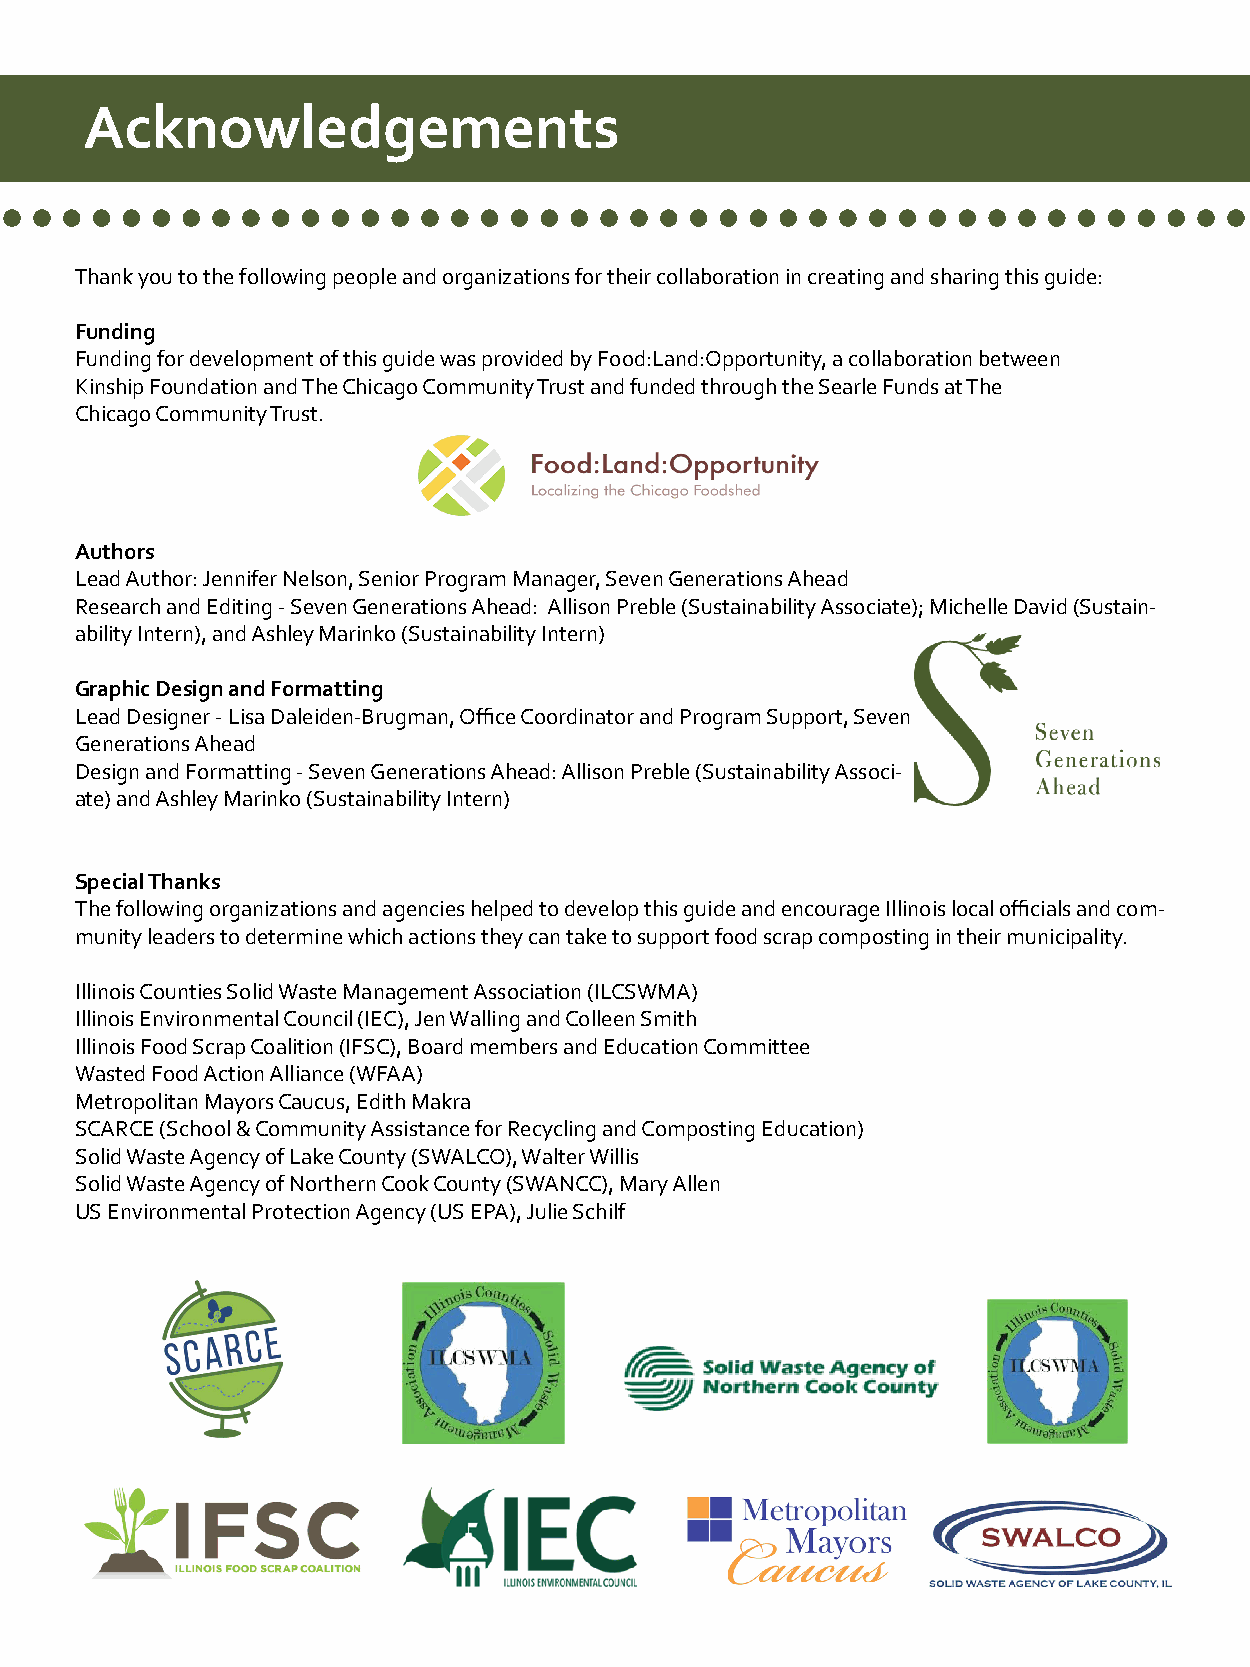
Acknowledgements
 ..........................................
 Thank you to the following people and organizations for their collaboration in creating and sharing this guide:
 Funding
 Funding for development of this guide was provided by Food:Land:Opportunity, a collaboration between
 Kinship Foundation and The Chicago Community Trust and funded through the Searle Funds at The
 Chicago Community Trust.
 Authors
 Lead Author: Jennifer Nelson, Senior Program Manager, Seven Generations Ahead
 Research and Editing - Seven Generations Ahead: Allison Preble (Sustainability Associate); Michelle David (Sustain-
 ability Intern), and Ashley Marinko (Sustainability Intern)
 Graphic Design and Formatting
 Lead Designer - Lisa Daleiden-Brugman, Office Coordinator and Program Support, Seven
 Generations Ahead
 Design and Formatting - Seven Generations Ahead: Allison Preble (Sustainability Associ-
 ate) and Ashley Marinko (Sustainability Intern)
 Special Thanks
 The following organizations and agencies helped to develop this guide and encourage Illinois local officials and com-
 munity leaders to determine which actions they can take to support food scrap composting in their municipality.
 Illinois Counties Solid Waste Management Association (ILCSWMA)
 Illinois Environmental Council (IEC), Jen Walling and Colleen Smith
 Illinois Food Scrap Coalition (IFSC), Board members and Education Committee
 Wasted Food Action Alliance (WFAA)
 Metropolitan Mayors Caucus, Edith Makra
 SCARCE (School & Community Assistance for Recycling and Composting Education)
 Solid Waste Agency of Lake County (SWALCO), Walter Willis
 Solid Waste Agency of Northern Cook County (SWANCC), Mary Allen
 US Environmental Protection Agency (US EPA), Julie Schilf